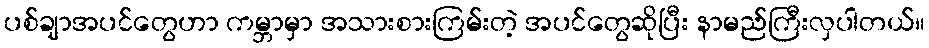
ပစ်ချာအပင်တွေဟာ ကမ္ဘာမှာ အသားစားကြမ်းတဲ့ အပင်တွေဆိုပြီး နာမည်ကြီးလှပါတယ်။